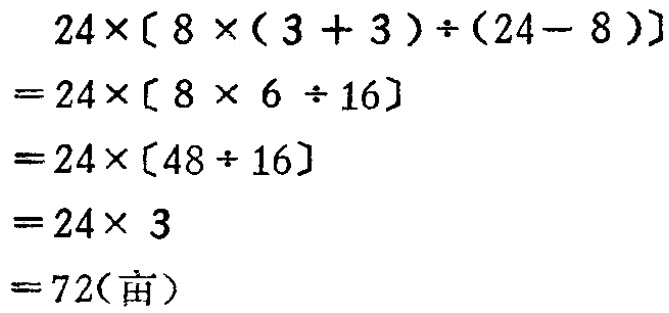
\[
\begin{align*}
&24\times[8\times(3 + 3)\div(24 - 8)]\\
=&24\times[8\times6\div16]\\
=&24\times[48\div16]\\
=&24\times3\\
=&72(\text{亩})
\end{align*}
\]